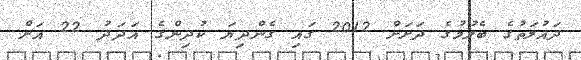
ދައުލަތުގެ ބެލުމުގެ ދަށަށް 2012 ގައި ގެންދިޔަ ކުދިންގެ އަދަދު 22 އަށް